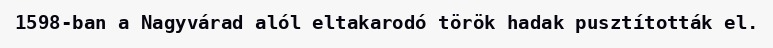
1598-ban a Nagyvárad alól eltakarodó török hadak pusztították el.